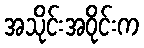
အသိုင်းအဝိုင်းက